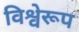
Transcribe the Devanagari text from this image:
विश्वेरूप